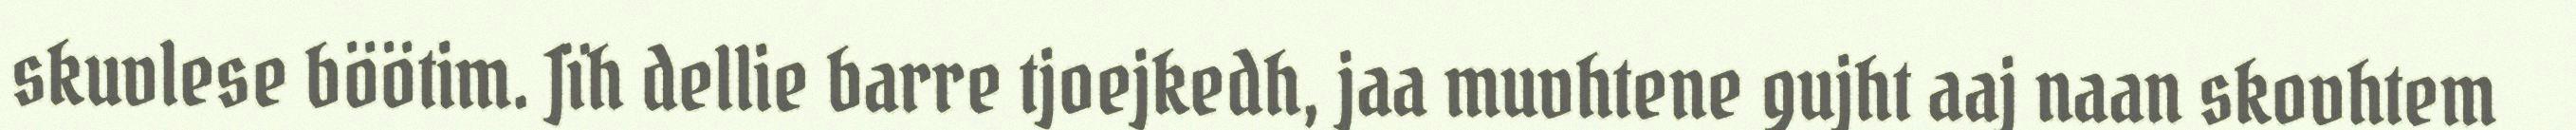
skuvlese böötim. Jïh dellie barre tjoejkedh, jaa muvhtene gujht aaj naan skovhtem